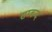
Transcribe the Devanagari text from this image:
सम्बन्द